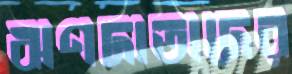
ঋণদাতাদের